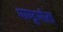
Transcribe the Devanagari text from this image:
पाण्डुपोल